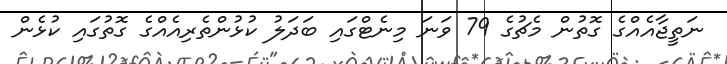
ނަތީޖާއެއްގެ ގޮތުން މެޗުގެ 79 ވަނަ މިނެޓްގައި ބަދަލު ކުޅުންތެރިއެއްގެ ގޮތުގައި ކުޅެން